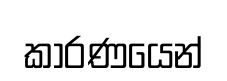
කාරණයෙන්